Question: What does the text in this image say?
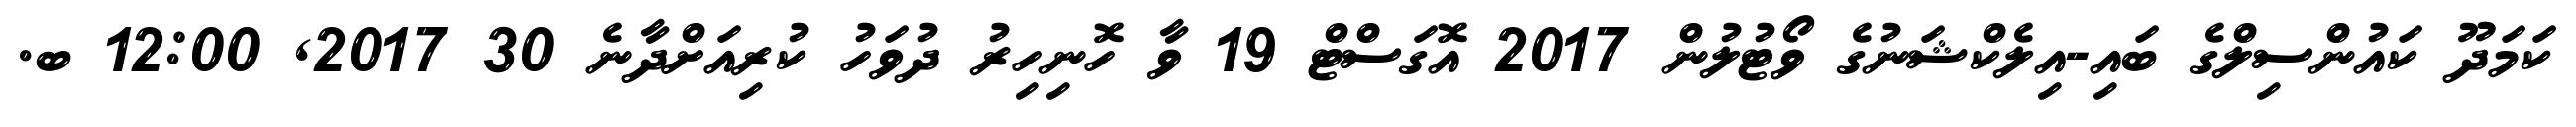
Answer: ކަމަދޫ ކައުންސިލްގެ ބައި-އިލެކްޝަނުގެ ވޯޓުލުން 2017 އޮގަސްޓް 19 ވާ ހޮނިހިރު ދުވަހު ކުރިއަށްދާނެ 30 2017, 12:00 ބ.